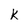
Character: k